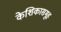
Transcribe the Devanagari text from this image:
केशिकासमूह